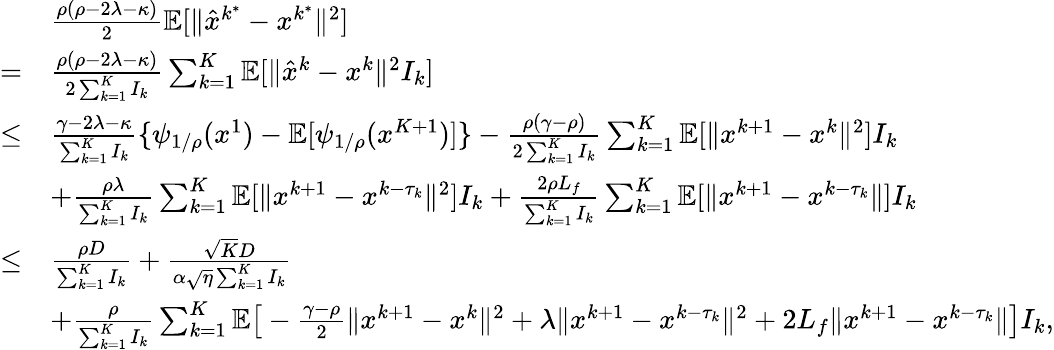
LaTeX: \begin{array}{rl}&{\frac{\rho(\rho-2\lambda-\kappa)}{2}\mathbb{E}[\| \hat{x}^{k^{\ast}}-x^{k^{\ast}}\| ^{2}]}\\ {=}&{\frac{\rho(\rho-2\lambda-\kappa)}{2\sum_{k=1}^{K}I_{k}}\sum_{k=1}^{K}\mathbb{E}[\| \hat{x}^{k}-x^{k}\| ^{2}I_{k}]}\\ {\leq}&{\frac{\gamma-2\lambda-\kappa}{\sum_{k=1}^{K}I_{k}}\{ \psi_{1/\rho}(x^{1})-\mathbb{E}[\psi_{1/\rho}(x^{K+1})]\} -\frac{\rho(\gamma-\rho)}{2\sum_{k=1}^{K}I_{k}}\sum_{k=1}^{K}\mathbb{E}[\| x^{k+1}-x^{k}\| ^{2}]I_{k}}\\ &{+\frac{\rho\lambda}{\sum_{k=1}^{K}I_{k}}\sum_{k=1}^{K}\mathbb{E}[\| x^{k+1}-x^{k-\tau_{k}}\| ^{2}]I_{k}+\frac{2\rho L_{f}}{\sum_{k=1}^{K}I_{k}}\sum_{k=1}^{K}\mathbb{E}[\| x^{k+1}-x^{k-\tau_{k}}\| ]I_{k}}\\ {\leq}&{\frac{\rho D}{\sum_{k=1}^{K}I_{k}}+\frac{\sqrt{K}D}{\alpha\sqrt{\eta}\sum_{k=1}^{K}I_{k}}}\\ &{+\frac{\rho}{\sum_{k=1}^{K}I_{k}}\sum_{k=1}^{K}\mathbb{E}\big[-\frac{\gamma-\rho}{2}\| x^{k+1}-x^{k}\| ^{2}+\lambda\| x^{k+1}-x^{k-\tau_{k}}\| ^{2}+2L_{f}\| x^{k+1}-x^{k-\tau_{k}}\| \big]I_{k},}\end{array}